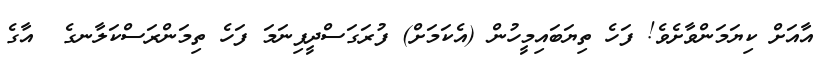
އާއަށް ކިޔަމަންވާށެވެ! ފަހެ ތިޔަބައިމީހުން (އެކަމަށް) ފުރަގަސްދީފިނަމަ ފަހެ ތިމަންރަސްކަލާނގެ  އާގެ